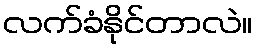
လက်ခံနိုင်တာလဲ။